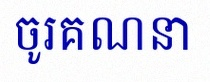
ចូរគណនា